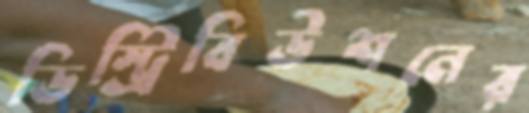
ডিস্ট্রিবিউশনের